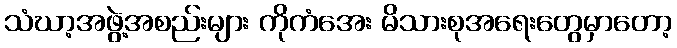
သံဃာ့အဖွဲ့အစည်းများ ကိုကံအေး မိသားစုအရေးတွေမှာတော့